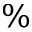
\%